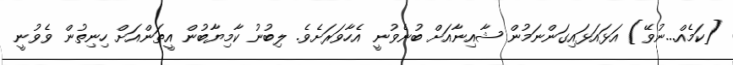
[ކަމެއް...ނުވޭ] އަޅައަޅައިގަންނަމުން ޝާއިނާއަށް ބުނެވުނީ އެހާވަރަށެވެ. ލިބުނު ކާމިޔާބުން އީތަންއަށް ހިނިތުން ވެވުނީ